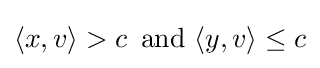
\langle x,v\rangle >c\,{\text{ and }}\langle y,v\rangle \leq c